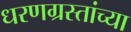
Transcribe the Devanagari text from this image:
धरणग्रस्तांच्या